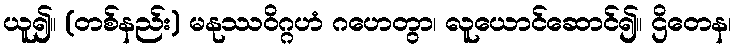
ယူ၍။ (တစ်နည်း) မနုဿဝိဂ္ဂဟံ ဂဟေတွာ၊ လူယောင်ဆောင်၍။ ဌိတေန၊